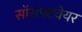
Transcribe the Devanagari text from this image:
सॉसफ्टवेयर